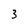
Character: 3